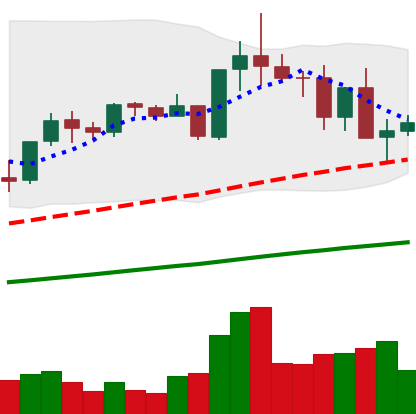
Ticker: TRX-USD
Chart end date: 2021-05-14
Forward return: -36.421%
Label: down_7plus